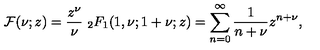
{ \cal F } ( \nu ; z ) = \frac { z ^ { \nu } } { \nu } \ _ { 2 } F _ { 1 } ( 1 , \nu ; 1 + \nu ; z ) = \sum _ { n = 0 } ^ { \infty } \frac { 1 } { n + \nu } z ^ { n + \nu } ,